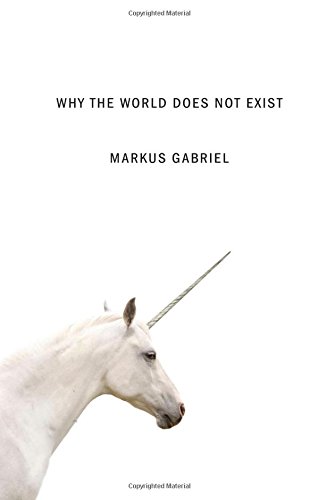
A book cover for Why the World Does Not Exist; Markus Gabriel; Politics & Social Sciences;